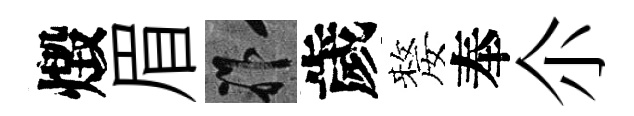
燬眉祚歲嫠奉尒